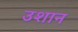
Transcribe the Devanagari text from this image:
उशान